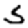
Digit: 5